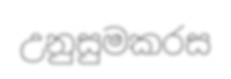
උනුසුමකරස